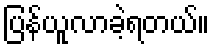
ပြန်ယူလာခဲ့ရတယ်။